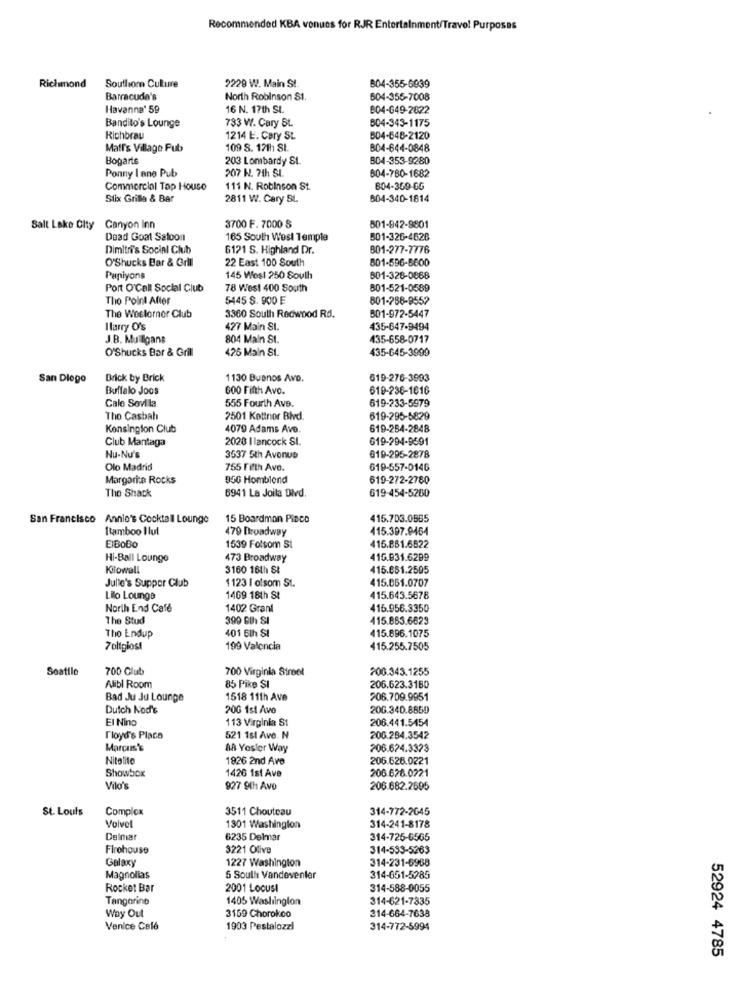
Recommended KBA venues for RJR Entertainment/Travel Purposes
Richmond
Southiom Culture
2229 W. Main St.
804-355-6939
Barracuda's
North Robinson S1.
604-355-7008
Havanna' 59
16 N. 17th St.
804-649-2822
Bandito's Lounge
733 W. Cary St.
804-343-1175
Richbrau
1214 E. Cary St.
B04-648-2120
Matr's Village Pub
109 S. 17th St.
804-644-0848
Bogarts
203 Lombardy SL
B04-353-9280
Ponny I ane Pub
207 N. 7th SI.
804-780-1682
Commercial Top House
111 N. Robinson St.
804-369-66
Stix Grille & Bar
2811 W. Cary SL
804-340-1814
3700 F. 7000 S
Salt Lake City
Canyon Inn
801-942-9801
Dead Goat Saloon
165 South West Temple
501-326-4628
Dimitri's Social Club
6121 S. Highland Dr.
801-277-7776
O'Shucks Bar & Grill
22 East 100 South
801-596-5600
Papiyons
145 West 250 South
601-328-0868
Port O'Call Social Club
78 West 400 South
801-521-0589
The Point After
5445 $. 900 E
801-288-9552
The Weslornor Club
3360 South Redwood Rd.
801-972-5447
Ilarry O's
427 Main St.
435-647-9494
J.B. Mulligans
804 Main St.
435-658-0717
O'Shucks Bar & Grill
425 Main St.
435-645-3999
San Diego
Brick by Brick
1130 Buenos Avo.
619-276-3993
Buffalo Joos
600 Fifth Avo.
619-236-1616
Cale Sevilla
619-233-5979
555 Fourth Ave.
The Casbah
2501 Kottnor Blvd.
619-295-5829
Kensington Club
4079 Adams Ave.
619-264-2848
Club Mantaga
2020 I lancock SI.
619-294-9591
Nu-Nu's
3537 5th Avenue
619-295-2878
Olo Madrid
755 Fifth Ave.
619-557-0146
Margarita Rocks
950 Homblond
619-272-2780
The Shack
619-454-5200
6941 La Jolla Divd.
San Francisco Annie's Cocktail Lounge
15 Boardman Picco
415.703.0985
Rtamboo Ilul
479 Broadway
415.397.9464
EIBOBO
1539 Folsom SI
415.881.6822
Hi-Ball Lounge
473 Broadway
415.831.6299
Kilowall
3160 16th St
415.661.2595
Julie's Supper Club
1123 I olsom St.
415.061.0707
Lilo Lounge
1409 18th St
415.643.5678
North End Café
1402 Grant
416.956.3350
The Stud
399 6th SI
415.863.6623
401 6th SI
415.896.1075
Tho Endup
7oltgios!
199 Valencia
415.255.7505
Soatilo
700 Club
700 Virginia Stroot
200.343.1255
Alibl Room
85 Pike SI
206.623.3180
Bad Ju Ju Lounge
1518 11th Ave
206.709.9951
Dutch Nod's
20G 1st Avo
206.340.8850
El Nino
113 Virginia St
206.441.5454
Floyd's Place
521 1st Ave. N
206.284.3542
Marcus's
88 Yoslor Way
206.624.3323
Nitelito
1826 2nd Ave
206.626.0221
Showbox
1426 1st Ave
206.626.0221
Vilo's
927 9th Ave
206.682.2695
St. Louis
Complex
3511 Chouteau
314-772-2645
Volvol
1301 Washinglon
314-241-8178
Delmar
6235 Delmar
314-725-6565
Firehouse
3221 Olive
314-533-5263
Galaxy
1227 Washington
314-231-6968
Magnolias
5 South Vandevenler
314-651-5285
Rocket Bar
2001 Locust
314-588-0055
Tangorino
1405 Washington
314-621-7335
Way Out
3169 Chorokoo
314-664-7638
Venice Celé
1903 Pestalozzi
314-772-5994
52924 4785